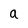
Character: a